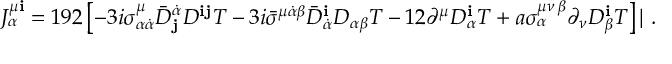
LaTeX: J _ { \alpha } ^ { \mu { \mathbf i } } = 1 9 2 \left[ - 3 i \sigma _ { \alpha \dot { \alpha } } ^ { \mu } { \bar { D } } _ { \mathbf j } ^ { \dot { \alpha } } D ^ { { \mathbf i } { \mathbf j } } T - 3 i { \bar { \sigma } } ^ { \mu \dot { \alpha } \beta } { \bar { D } } _ { \dot { \alpha } } ^ { \mathbf i } D _ { \alpha \beta } T - 1 2 \partial ^ { \mu } D _ { \alpha } ^ { \mathbf i } T + a \sigma _ { \alpha } ^ { \mu \nu \, \beta } \partial _ { \nu } D _ { \beta } ^ { \mathbf i } T \right] | \ .